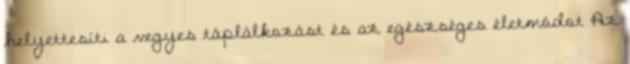
helyettesíti a vegyes táplálkozást és az egészséges életmódot Az